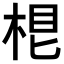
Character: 𣒨